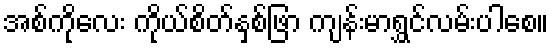
အစ်ကိုလေး ကိုယ်စိတ်နှစ်ဖြာ ကျန်းမာရွှင်လမ်းပါစေ။